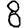
Digit: 8